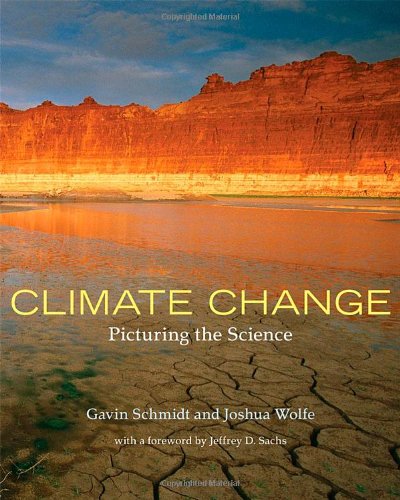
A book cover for Climate Change: Picturing the Science; Gavin Schmidt; Science & Math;